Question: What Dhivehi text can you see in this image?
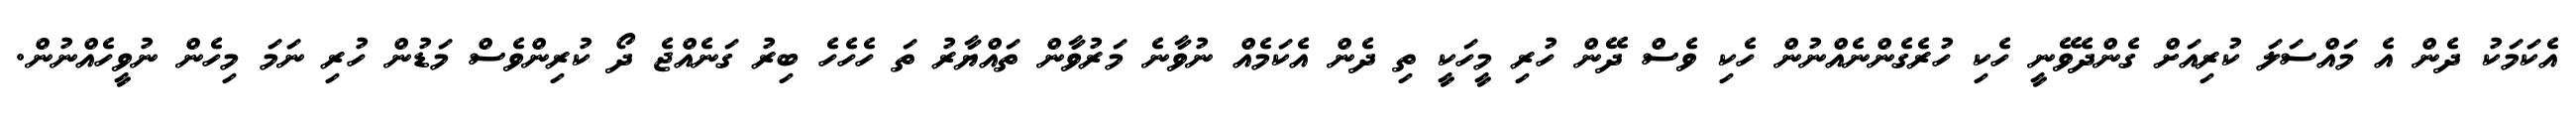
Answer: އެކަމަކު ދެން އެ މައްސަލަ ކުރިއަށް ގެންދެވޭނީ ހެކި ހުރެގެންނެއްނުން ހެކި ވެސް ދޭން ހުރި މީހަކީ ތި ދެން އެކަމެއް ނުވާނެ މަރުވާން ތައްޔާރު ތަ ހެހެހެ ބިރު ގަނެއްޖެ ދޯ ކުރިންވެސް މަޑުން ހުރި ނަމަ މިހެން ނުވީހެއްނުން.